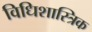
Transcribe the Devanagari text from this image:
विधिशास्त्रिक